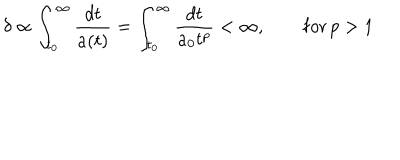
LaTeX: \delta \propto \int _ { t _ { 0 } } ^ { \infty } \frac { d t } { a ( t ) } = \int _ { t _ { 0 } } ^ { \infty } \frac { d t } { a _ { 0 } t ^ { p } } < \infty , \qquad \mathrm { f o r } \, p > 1